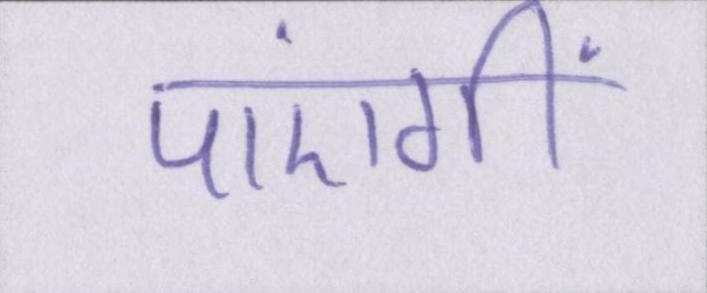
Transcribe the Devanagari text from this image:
पाएंगीं